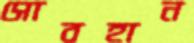
সোবহান